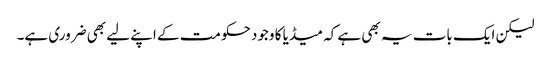
لیکن ایک بات یہ بھی ہے کہ میڈیا کا وجود حکومت کے اپنے لیے بھی ضروری ہے۔